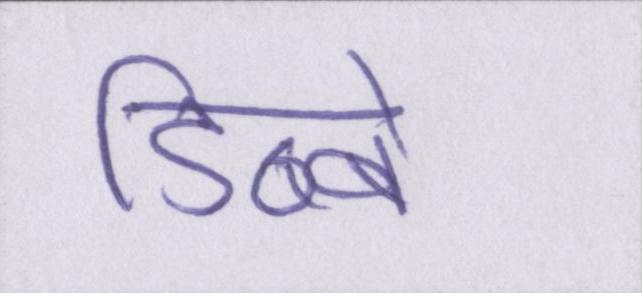
डिब्बे